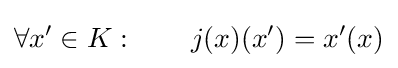
\forall x'\in K:\qquad j(x)(x')=x'(x)